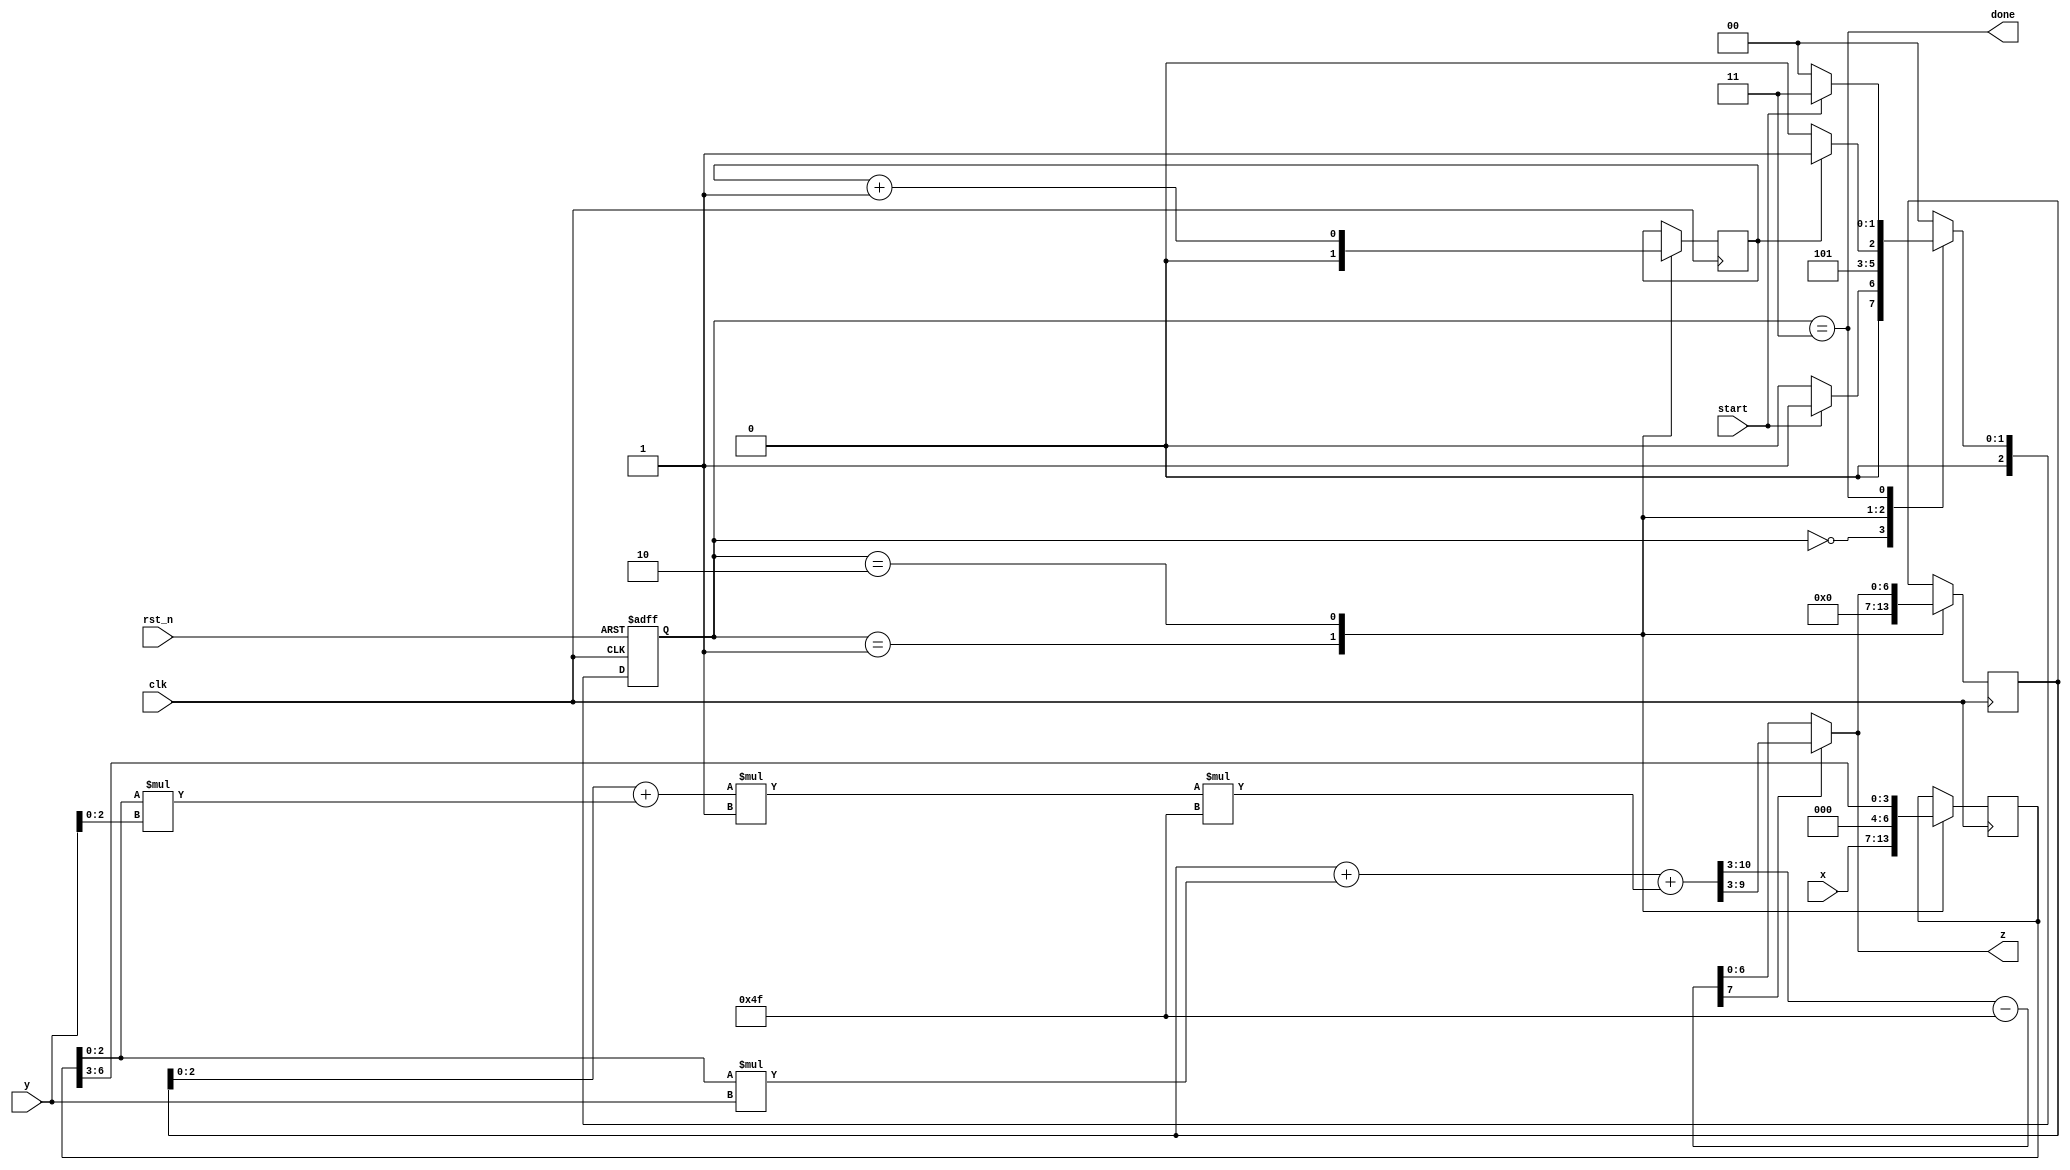
module mont (
        input [n_bit-1 : 0] x,
        input [n_bit-1 : 0] y,
        input clk,
        input rst_n,
        input start,
        output [n_bit-1 : 0] z,
        output done
    );

    // x * y * R' mod n;
    // mont(x,y){
    //     p = r - n[0]';
    //     s = 0;
    //     for ( i = 0; i < m; i++ ){
    //         q1 = ( ( s[0] + x[i] * y[0] ) * p );
    //         q2 = q1 mod r;
    //         s1 = s + x[i] * y + q2 * n;
    //         s2 = s1 / r;
    //         if ( s2 - n >= 0 ){
    //             next_s = s2 - n;
    //         } else{
    //             next_s = s2;
    //         }
    //         s = next_s;
    //     }
    //     return s;
    // }

    parameter n = 7'd79;
    parameter n_bit = 7;
    parameter logr = 3;
    parameter p = 3'd1;

    localparam update_num = n_bit / logr + (n_bit % logr != 0);
    localparam count_stop_flag = update_num - 2;
    localparam count_bit = count_stop_flag < 2 ? 1 :
               count_stop_flag < 4 ? 2 :
               count_stop_flag < 8 ? 3 :
               count_stop_flag < 16 ? 4 :
               count_stop_flag < 32 ? 5 :
               count_stop_flag < 64 ? 6 :
               count_stop_flag < 128 ? 7 :
               count_stop_flag < 256 ? 8 :
               count_stop_flag < 512 ? 9 :
               count_stop_flag < 1024 ? 10 :
               count_stop_flag < 2048 ? 11 : 12 ;

    reg [count_bit-1 : 0] count_i;
    reg [n_bit-1 : 0] reg_x;
    wire [logr-1 : 0] xi;
    assign xi = reg_x[logr-1 : 0];

    reg [n_bit-1 : 0] s;
    wire [logr-1 : 0] s_zero, y_zero;
    assign s_zero = s[logr-1 : 0];
    assign y_zero = y[logr-1 : 0];

    wire [3*logr : 0] q1;
    wire [logr-1 : 0] q2;
    assign q1 = (s_zero + xi * y_zero) * p;
    assign q2 = q1[logr-1 : 0];

    wire [n_bit+logr : 0] s1;
    wire [n_bit : 0] s2;
    assign s1 = s + xi * y + q2 * n;
    assign s2 = s1 >> logr;

    wire [n_bit : 0] s2_minus_n;
    wire [n_bit-1 : 0] next_s;
    assign s2_minus_n = s2 - n;
    assign next_s = s2_minus_n[n_bit] ? s2[n_bit-1 : 0] : s2_minus_n[n_bit-1 : 0];
    assign z = next_s;

    localparam IDLE = 3'd0, LOAD = 3'd1, UPDATE = 3'd2, ENDING = 3'd3;
    reg [2:0] current_state, next_state;

    wire done;
    assign done = current_state == ENDING;

    // FSM-1
    always @(posedge clk, negedge rst_n) begin
        if (~rst_n) begin
            current_state <= IDLE;
        end
        else begin
            current_state <= next_state;
        end
    end

    // FSM-2
    always @(*) begin
        case (current_state)
            IDLE: begin
                next_state = start ? LOAD : IDLE;
            end
            LOAD: begin
                next_state = UPDATE;
            end
            UPDATE: begin
                next_state = count_i == count_stop_flag ? ENDING : UPDATE;
            end
            ENDING: begin
                next_state = start ? ENDING : IDLE;
            end
            default: begin
                next_state = IDLE;
            end
        endcase
    end

    // FSM-3
    always @(posedge clk) begin
        case (current_state)
            LOAD: begin
                count_i <= 'b0;
                reg_x <= x;
                s <= 'b0;
            end

            UPDATE: begin
                count_i <= count_i + 1;
                reg_x <= (reg_x >> logr);
                s <= next_s;
            end
        endcase
    end

endmodule